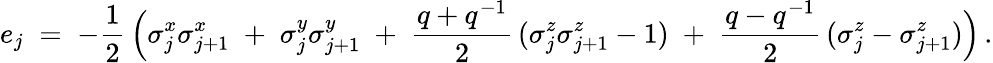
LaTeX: e_{j}\; =\; -\frac 12\, \Bigl(\sigma_{j}^{x}\sigma_{j+1}^{x}\; +\; \sigma_{j}^{y}\sigma_{j+1}^{y}\; +\; \frac{q+q^{-1}}2\, (\sigma_{j}^{z}\sigma_{j+1}^{z}-1)\; +\; \frac{q-q^{-1}}2\, (\sigma_{j}^{z}-\sigma_{j+1}^{z})\Bigr)\, .